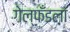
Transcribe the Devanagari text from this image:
गेल्फँडला